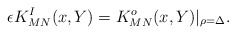
\begin{align*}\epsilon K_{MN}^I (x,Y)= K_{MN}^o (x,Y)\vert_{\rho=\Delta}.\end{align*}